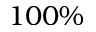
1 0 0 \%